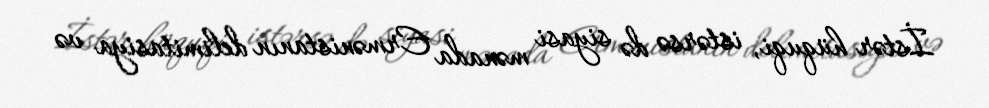
İstər hüquqi, istərsə də siyasi mənada Ermənistanın delimitasiya və